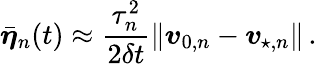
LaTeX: \bar{\boldsymbol{\eta}}_{n}(t)\approx\frac{\tau_{n}^{2}}{2\delta t}\lVert\boldsymbol{v}_{0,n}-\boldsymbol{v}_{\! \; \! \star,n}\rVert\, .